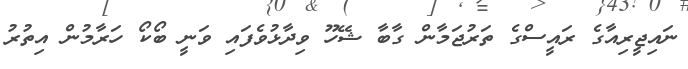
ނައިޖީރިއާގެ ރައީސްގެ ތަރުޖަމާން ގާބާ ޝޭހޫ ވިދާޅުވެފައި ވަނީ ބޯކޯ ހަރާމުން އިތުރު